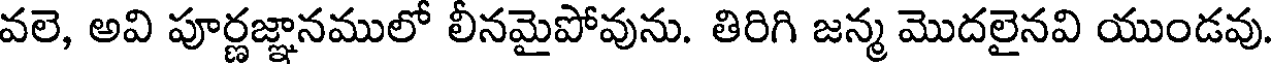
వలె, అవి పూర్ణజ్ఞానములో లీనమైపోవును. తిరిగి జన్మ మొదలైనవి యుండవు